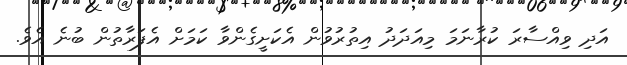
އަދި ވިއްސާރަ ކުރާނަމަ މިއަދަދު އިތުރުވުން އެކަށީގެންވާ ކަމަށް އެފަރާތުން ބުނެ އެވެ.